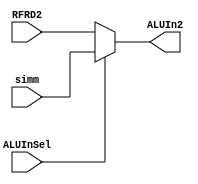
`timescale 1ns / 1ps
//////////////////////////////////////////////////////////////////////////////////
// Company: 
// Engineer: 
// 
// Design Name: 
// Module Name: ALUmux
// Project Name: 
// Target Devices: 
// Tool Versions: 
// Description: 
// 
// Dependencies: 
// 
// Revision:
// Revision 0.01 - File Created
// Additional Comments:
// 
//////////////////////////////////////////////////////////////////////////////////


module ALUmux(
    input [31:0]RFRD2, //RF
    simm, //simm
    input ALUInSel,
    output reg [31:0] ALUIn2
    );
    
always @(*)
begin
    if(ALUInSel == 1'b0)
        ALUIn2 = RFRD2;
    else
        ALUIn2 = simm;
    end
endmodule